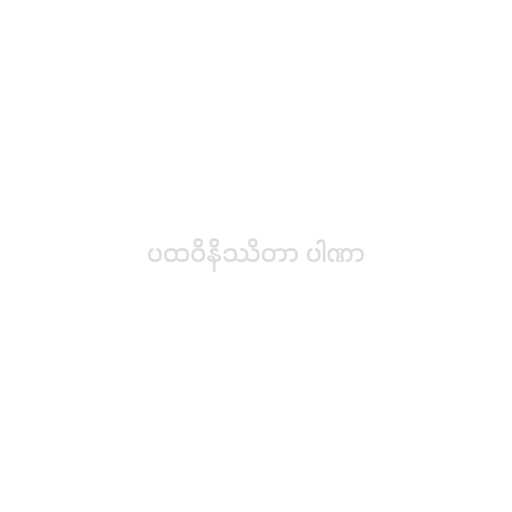
ပထဝိနိဿိတာ ပါဏာ